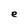
Character: e